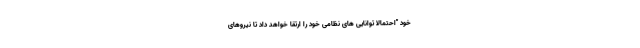
خود "احتمالا توانایی های نظامی خود را ارتقا خواهد داد تا نیروهای